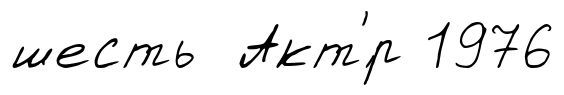
шесть Акт'́р 1976